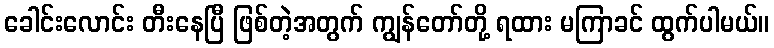
ခေါင်းလောင်း တီးနေပြီ ဖြစ်တဲ့အတွက် ကျွန်တော်တို့ ရထား မကြာခင် ထွက်ပါမယ်။